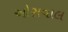
ઓસવાલ